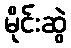
မိုင်းဆွဲ